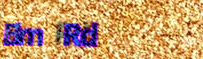
Elm Rd